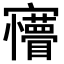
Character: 𡬆